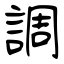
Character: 調